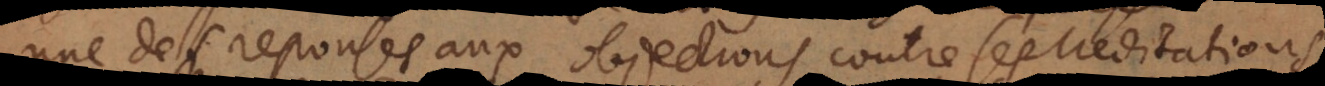
une des reponses aux objections contre ses Meditations,